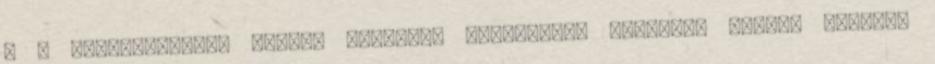
: A személyiségük valami ragyogó, rengeteget nevetem, amikor egymást